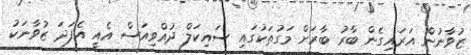
ޒުވާނުން އަރައިގެން ބާރު ބާރަށް މަގުތަކުގައި ސައިކަލް ދުއްވިއަސް އެއީ އެފަދަ ޒުވާނަކު